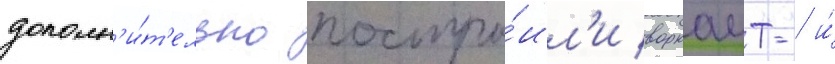
дополн'и́т'ельно постро́ил'и воркаут- и́